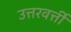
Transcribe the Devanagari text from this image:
उत्तरवर्त्ती